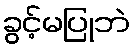
ခွင့်မပြုဘဲ